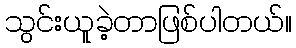
သွင်းယူခဲ့တာဖြစ်ပါတယ်။